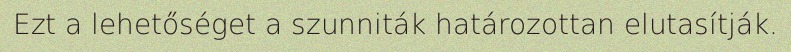
Ezt a lehetőséget a szunniták határozottan elutasítják.